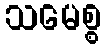
သမေစ္စ